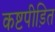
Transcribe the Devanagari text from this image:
कष्टपीड़ित